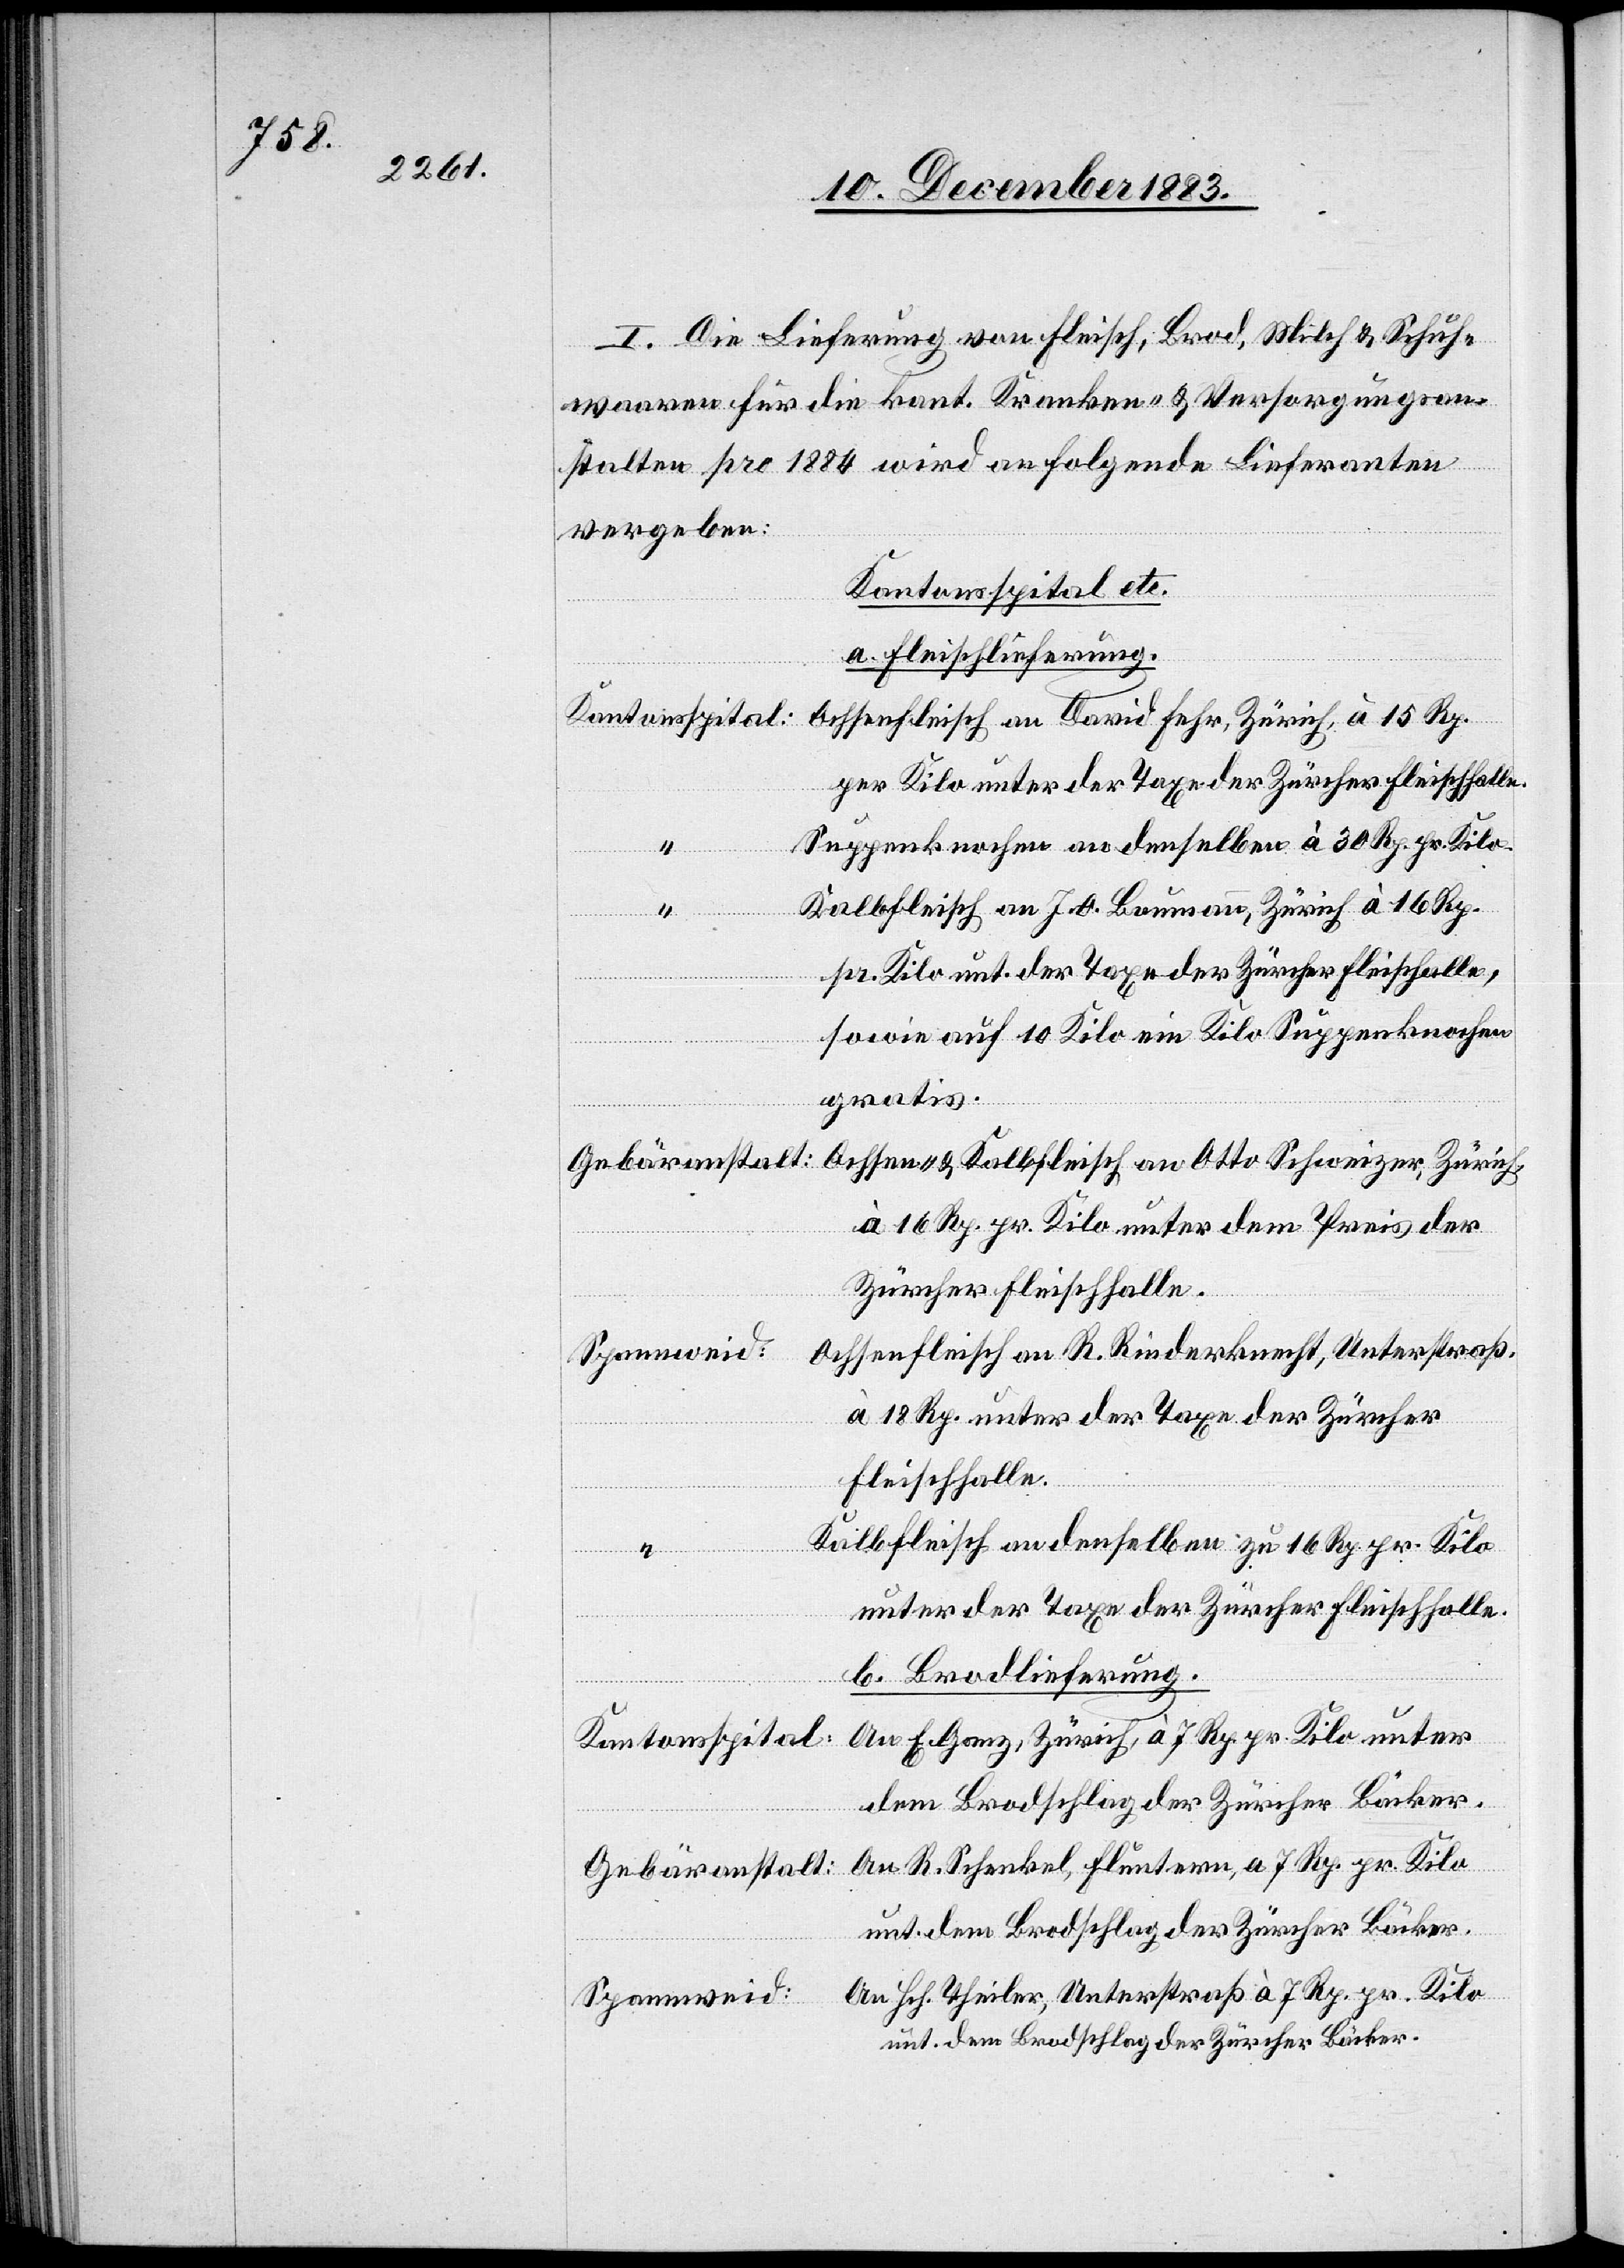
15 Rp.

I. Die Lieferung von Fleisch, Brod, Milch & Schuh¬
waaren für die kant. Kranken- & Versorgungsan¬
stalten pro 1884 wird an folgende Lieferanten
vergeben:
Kantonsspital etc.
a. Fleischlieferung.
per Kilo unter der Taxe der Zürcher Fleischhalle.
Suppenknochen an denselben à 30 Rp. pr. Kilo.
Kalbfleisch an J. O. Baumann, Zürich à 16 Rp.
pr. Kilo unt. der Taxe der Zürcher Fleischhalle,
sowie auf 10 Kilo ein Kilo Suppenknochen
gratis.
Fehr,
Ochsen- & Kalbfleisch an Otto Schweizer, Zürich,
Gebäranstalt:
à 16. Rp. pr. Kilo unter dem Preis der
Zürcher Fleischhalle.
Ochsenfleisch an R. Rinderknecht, Unterstraß,
à 18 Rp. unter der Taxe der Züricher
Fleischhalle.
Kalbfleisch an denselben zu 16 Rp. pr. Kilo
unter der Taxe der Zürcher Fleischhalle.
b. Brodlieferung.
An E. Ganz, Zürich, à 7 Rp. pr. Kilo unter
Kantonsspital:
dem Brodschlag der Zürcher Bäcker.
An R. Schenkel, Fluntern, a 7 Rp. pr. Kilo
An Hch. Theiler, Unterstraß à 7Rp. pr. Kilo
Spannweid:

unt.